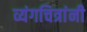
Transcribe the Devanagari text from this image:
व्यंगचित्रांनी